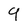
Character: 9